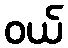
ဝယ်